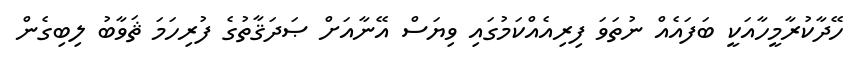
ހޭދާކުރާމީހާއަކީ ބަފައެއް ނުތަވަ ފިރިއެއްކަމުގައި ވިޔަސް އޭނާއަށް ޞަދަޤާތުގެ ފުރިހަމަ ޘަވާބު ލިބިގެން